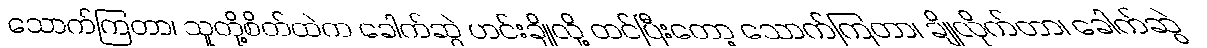
သောက်ကြတာ၊ သူတို့စိတ်ထဲက ခေါက်ဆွဲ ဟင်းချိုလို့ ထင်ပြီးတော့ သောက်ကြတာ၊ ချိုလိုက်တာ၊ ခေါက်ဆွဲ